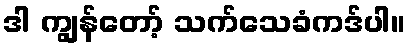
ဒါ ကျွန်တော့် သက်သေခံကဒ်ပါ။